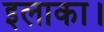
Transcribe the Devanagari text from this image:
इलाका।